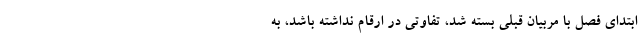
ابتدای فصل با مربیان قبلی بسته شد، تفاوتی در ارقام نداشته باشد، به